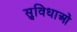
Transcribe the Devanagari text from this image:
सु्विधाओं